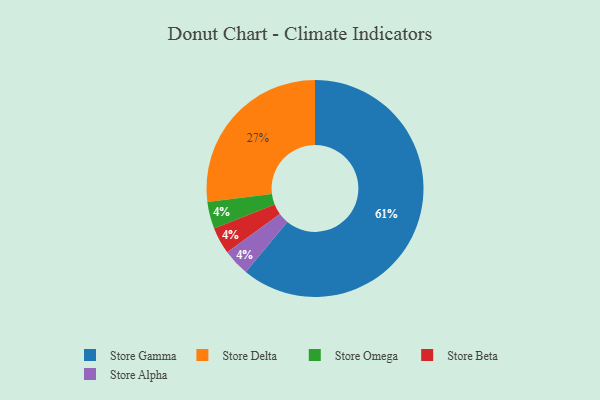
{"axis": {"x": "Category", "y": "Percentage"}, "legend": ["Store Alpha", "Store Beta", "Store Delta", "Store Gamma", "Store Omega"], "data": [{"x": "Store Omega", "y": 4, "type": "Store Omega"}, {"x": "Store Beta", "y": 4, "type": "Store Beta"}, {"x": "Store Delta", "y": 27, "type": "Store Delta"}, {"x": "Store Alpha", "y": 4, "type": "Store Alpha"}, {"x": "Store Gamma", "y": 61, "type": "Store Gamma"}]}